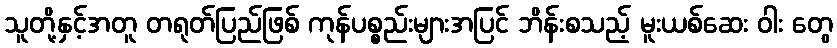
သူတို့နှင့်အတူ တရုတ်ပြည်ဖြစ် ကုန်ပစ္စည်းများအပြင် ဘိန်းစသည့် မူးယစ်ဆေး ဝါး တွေ